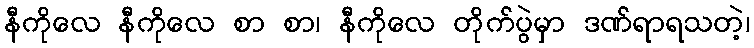
နီကိုလေ နီကိုလေ စာ စာ၊ နီကိုလေ တိုက်ပွဲမှာ ဒဏ်ရာရသတဲ့၊